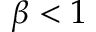
\beta < 1